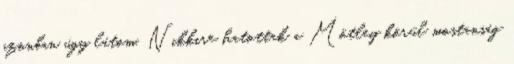
azonban úgy látom, Nikkire hatottak a Mötley körül mostanság